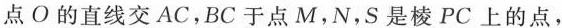
点O的直线交AC，BC于点M，N，S是棱PC上的点，